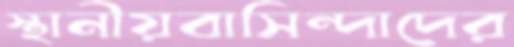
স্থানীয়বাসিন্দাদের